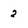
Character: 2